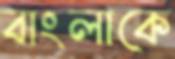
বাংলাকে